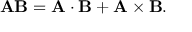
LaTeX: \mathbf { A B } = \mathbf { A } \cdot \mathbf { B } + \mathbf { A } \times \mathbf { B } .